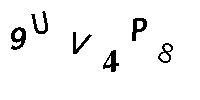
9UV4P8